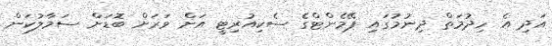
އަދި އެ ހިދުމަތް ދިނުމުގައި ޕޭމެންޓްގެ ސެކިއުރިޓީ އަށް ވަަރަށް ބޮޑަށް ސަމާލުކަން